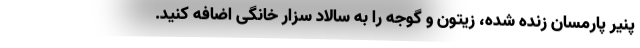
پنیر پارمسان زنده شده، زیتون و گوجه را به سالاد سزار خانگی اضافه کنید.